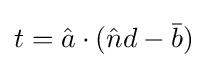
t={\hat {a}}\cdot ({\hat {n}}d-{\bar {b}})